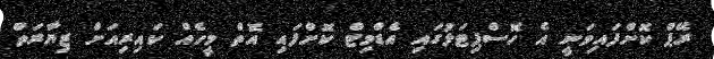
ރޭޕް ކޮށްފައިވަނީ އެ ހޮސްޕިޓަލުގައި އެޑްމިޓް ކޮށްފައި އޮތް މީހެއް ކައިރިއަށް ޒިޔާރަތް